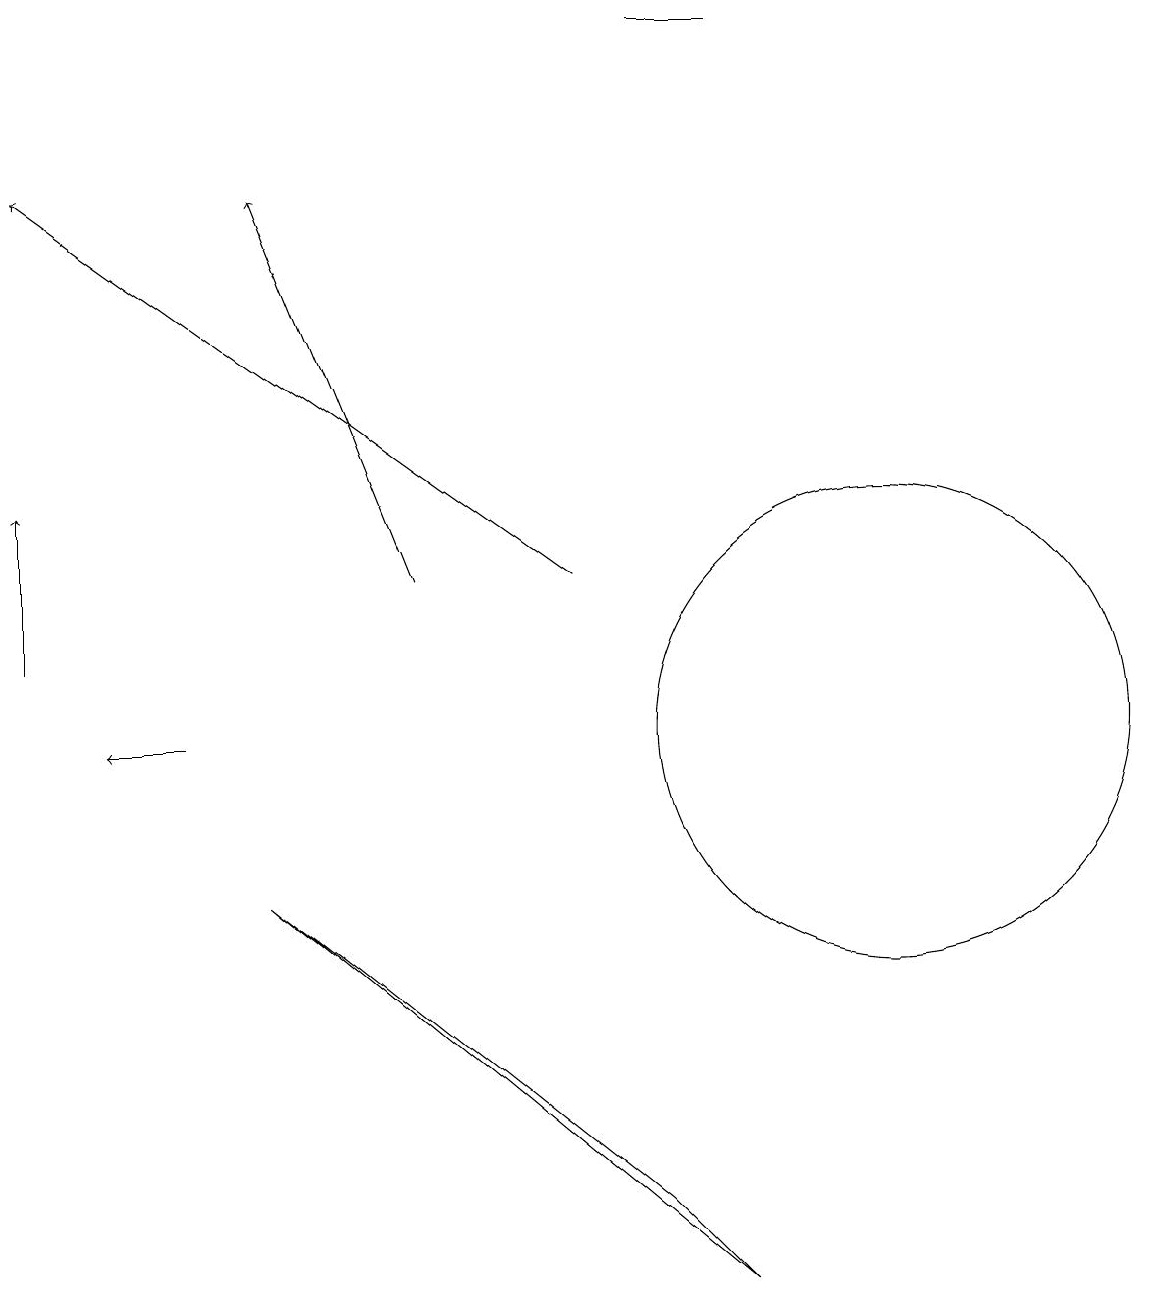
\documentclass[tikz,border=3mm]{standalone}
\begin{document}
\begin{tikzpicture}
\draw[->] (7,12) -- (0,17);
\draw (11,10) circle (3);
\draw (9,3) -- (3,8) -- (8,4) -- cycle;
\draw[->] (5,12) -- (3,17);
\draw[->] (2,10) -- (1,10);
\draw (9,19) rectangle (8,19);
\draw[->] (0,11) -- (0,13);
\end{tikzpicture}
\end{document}